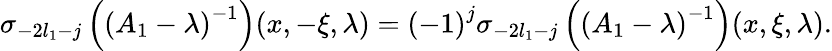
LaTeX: \sigma_{-2l_{1}-j}\left(\left(A_{1}-\lambda\right)^{-1}\right)(x,-\xi,\lambda)=\left(-1\right)^{j}\sigma_{-2l_{1}-j}\left(\left(A_{1}-\lambda\right)^{-1}\right)(x,\xi,\lambda).